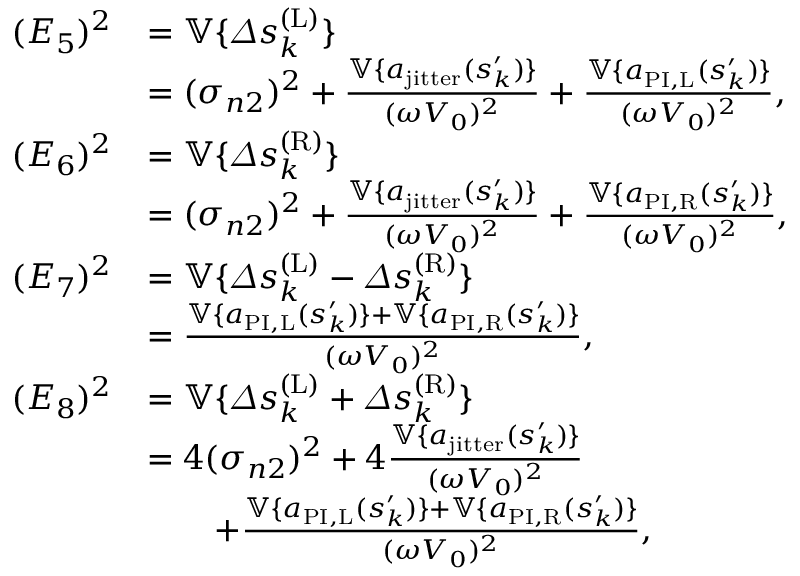
\begin{array} { r l } { ( E _ { 5 } ) ^ { 2 } } & { = \mathbb { V } \{ \varDelta s _ { k } ^ { ( \mathrm { L } ) } \} } \\ & { = ( \sigma _ { n 2 } ) ^ { 2 } + \frac { \mathbb { V } \{ a _ { \mathrm { j i t t e r } } ( s _ { k } ^ { \prime } ) \} } { ( \omega V _ { 0 } ) ^ { 2 } } + \frac { \mathbb { V } \{ a _ { \mathrm { P I , L } } ( s _ { k } ^ { \prime } ) \} } { ( \omega V _ { 0 } ) ^ { 2 } } , } \\ { ( E _ { 6 } ) ^ { 2 } } & { = \mathbb { V } \{ \varDelta s _ { k } ^ { ( \mathrm { R } ) } \} } \\ & { = ( \sigma _ { n 2 } ) ^ { 2 } + \frac { \mathbb { V } \{ a _ { \mathrm { j i t t e r } } ( s _ { k } ^ { \prime } ) \} } { ( \omega V _ { 0 } ) ^ { 2 } } + \frac { \mathbb { V } \{ a _ { \mathrm { P I , R } } ( s _ { k } ^ { \prime } ) \} } { ( \omega V _ { 0 } ) ^ { 2 } } , } \\ { ( E _ { 7 } ) ^ { 2 } } & { = \mathbb { V } \{ \varDelta s _ { k } ^ { ( \mathrm { L } ) } - \varDelta s _ { k } ^ { ( \mathrm { R } ) } \} } \\ & { = \frac { \mathbb { V } \{ a _ { \mathrm { P I , L } } ( s _ { k } ^ { \prime } ) \} + \mathbb { V } \{ a _ { \mathrm { P I , R } } ( s _ { k } ^ { \prime } ) \} } { ( \omega V _ { 0 } ) ^ { 2 } } , } \\ { ( E _ { 8 } ) ^ { 2 } } & { = \mathbb { V } \{ \varDelta s _ { k } ^ { ( \mathrm { L } ) } + \varDelta s _ { k } ^ { ( \mathrm { R } ) } \} } \\ & { = 4 ( \sigma _ { n 2 } ) ^ { 2 } + 4 \frac { \mathbb { V } \{ a _ { \mathrm { j i t t e r } } ( s _ { k } ^ { \prime } ) \} } { ( \omega V _ { 0 } ) ^ { 2 } } } \\ & { \quad \quad + \frac { \mathbb { V } \{ a _ { \mathrm { P I , L } } ( s _ { k } ^ { \prime } ) \} + \mathbb { V } \{ a _ { \mathrm { P I , R } } ( s _ { k } ^ { \prime } ) \} } { ( \omega V _ { 0 } ) ^ { 2 } } , } \end{array}